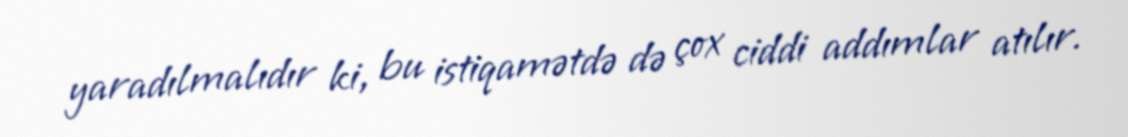
yaradılmalıdır ki, bu istiqamətdə də çox ciddi addımlar atılır.